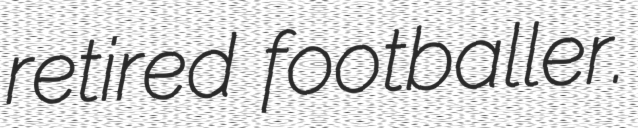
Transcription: retired footballer.